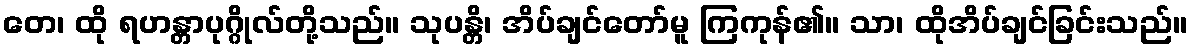
တေ၊ ထို ရဟန္တာပုဂ္ဂိုလ်တို့သည်။ သုပန္တိ၊ အိပ်ချင်တော်မူ ကြကုန်၏။ သာ၊ ထိုအိပ်ချင်ခြင်းသည်။